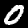
Digit: 0